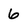
Character: 6